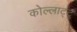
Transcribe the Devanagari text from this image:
कोल्लाट्टू